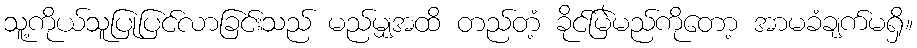
သူ့ကိုယ်သူပြုပြင်လာခြင်းသည် မည်မျှအထိ တည်တံ့ ခိုင်မြဲမည်ကိုတော့ အာမခံချက်မရှိ။